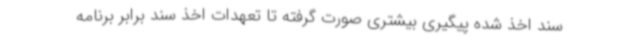
سند اخذ شده پیگیری بیشتری صورت گرفته تا تعهدات اخذ سند برابر برنامه